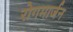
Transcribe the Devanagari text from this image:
रोगमार्जन